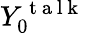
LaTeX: Y_{0}^{\mathrm{~t~a~l~k~}}